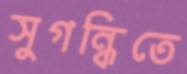
সুগন্ধিতে